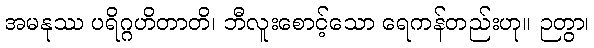
အမနုဿ ပရိဂ္ဂဟိတာတိ၊ ဘီလူးစောင့်သော ရေကန်တည်းဟု။ ဉတွာ၊